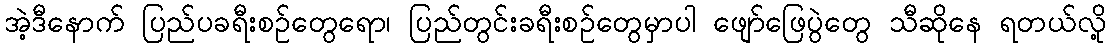
အဲ့ဒီနောက် ပြည်ပခရီးစဉ်တွေရော၊ ပြည်တွင်းခရီးစဉ်တွေမှာပါ ဖျော်ဖြေပွဲတွေ သီဆိုနေ ရတယ်လို့